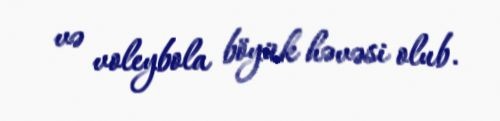
və voleybola böyük həvəsi olub.